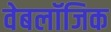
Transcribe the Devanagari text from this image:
वेबलॉजिक